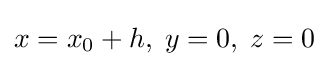
x=x_{0}+h,\;y=0,\;z=0